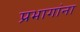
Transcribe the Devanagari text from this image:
प्रभागांना